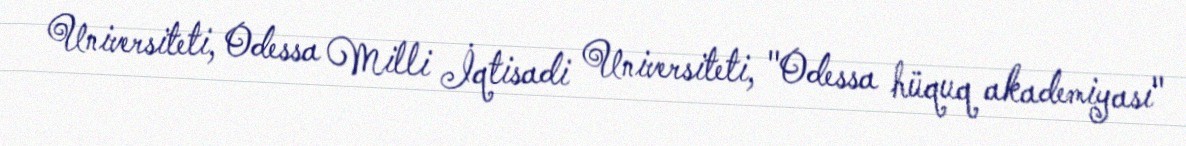
Universiteti, Odessa Milli İqtisadi Universiteti, "Odessa hüquq akademiyası"